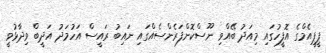
ޕީޕީއެމްގެ އޮފީހުގައި މިއަދު ބޭއްވި ނޫސްކޮންފަރެންސެއްގައި ނައިބު ރައީސް އަހުމަދު އަދީބް ވިދާޅުވީ